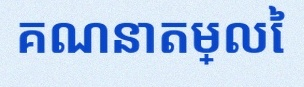
គណនាតម្លៃ